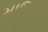
માજીદના